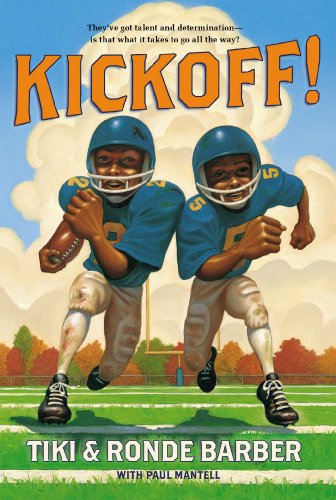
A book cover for Kickoff! (Barber Game Time Books); Tiki Barber; Children's Books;